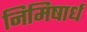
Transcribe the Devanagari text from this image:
निमिषार्ध